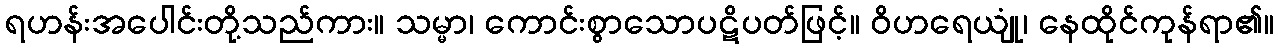
ရဟန်းအပေါင်းတို့သည်ကား။ သမ္မာ၊ ကောင်းစွာသောပဋိပတ်ဖြင့်။ ဝိဟရေယျုံ၊ နေထိုင်ကုန်ရာ၏။